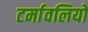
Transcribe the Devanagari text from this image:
टर्मावलियों